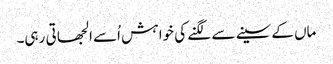
ماں کے سینے سے لگنے کی خوا ہش اُسے الجھا تی رہی۔